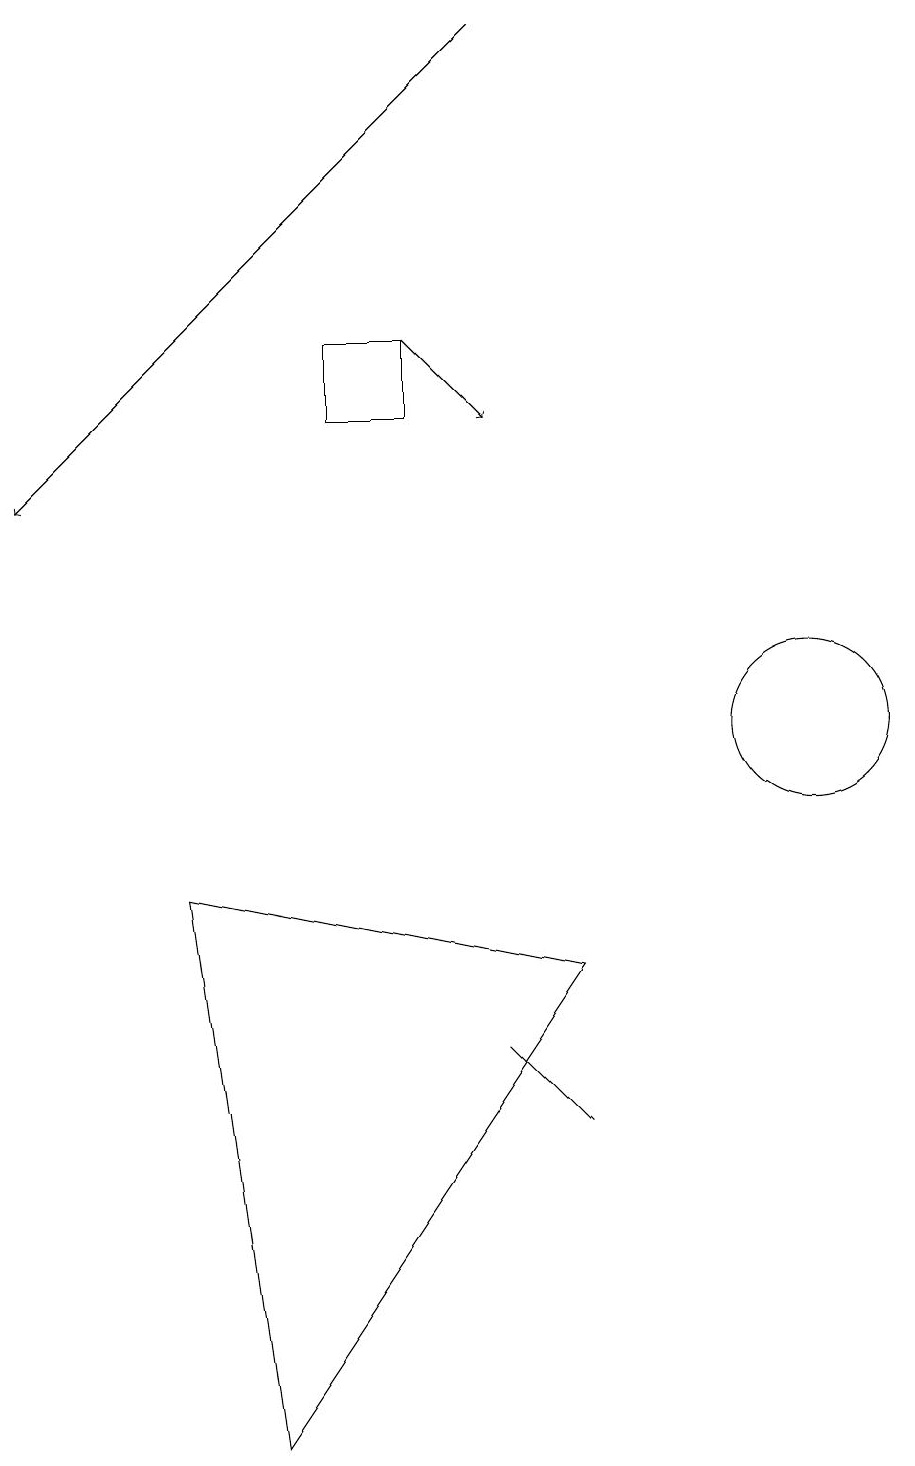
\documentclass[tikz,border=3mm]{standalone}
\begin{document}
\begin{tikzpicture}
\draw (5,15) rectangle (4,14);
\draw[->] (6,19) -- (0,13);
\draw (2,8) -- (3,1) -- (7,7) -- cycle;
\draw[->] (5,15) -- (6,14);
\draw (10,10) circle (1);
\draw (7,5) -- (7,5) -- (6,6) -- cycle;
\draw (10,10) circle (0);
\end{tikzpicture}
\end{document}